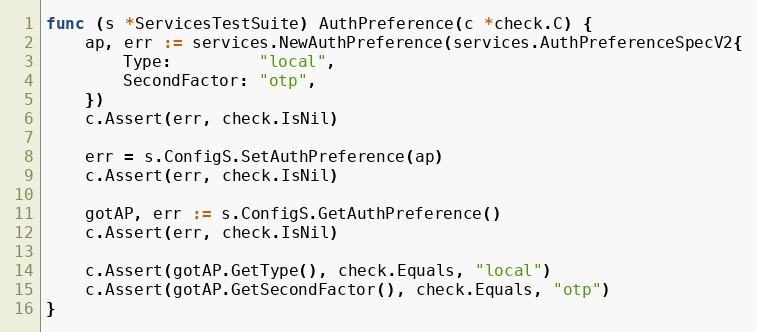
Language: Go
func (s *ServicesTestSuite) AuthPreference(c *check.C) {
	ap, err := services.NewAuthPreference(services.AuthPreferenceSpecV2{
		Type:         "local",
		SecondFactor: "otp",
	})
	c.Assert(err, check.IsNil)

	err = s.ConfigS.SetAuthPreference(ap)
	c.Assert(err, check.IsNil)

	gotAP, err := s.ConfigS.GetAuthPreference()
	c.Assert(err, check.IsNil)

	c.Assert(gotAP.GetType(), check.Equals, "local")
	c.Assert(gotAP.GetSecondFactor(), check.Equals, "otp")
}